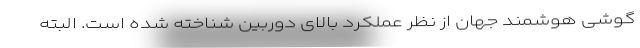
گوشی هوشمند جهان از نظر عملکرد بالای دوربین شناخته شده است. البته